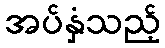
အပ်နှံသည့်